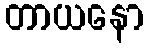
တာယနော